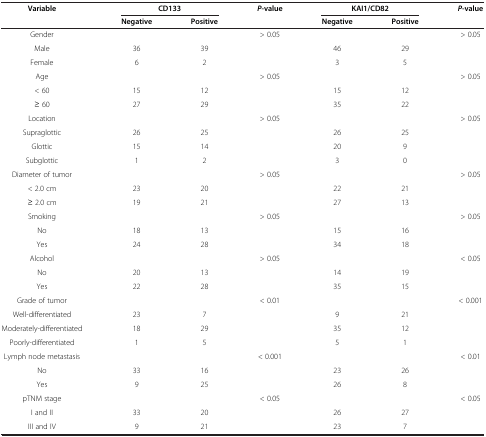
| <ROWSPAN=2> Variable | <COLSPAN=2> CD133 | <ROWSPAN=2> P-value | <COLSPAN=2> KAI1/CD82 | <ROWSPAN=2> P-value |
 | Negative | Positive | Negative | Positive |
 | --- | --- | --- | --- | --- | --- | --- |
 | Gender |  |  | > 0.05 |  |  | > 0.05 |
 | Male | 36 | 39 |  | 46 | 29 |  |
 | Female | 6 | 2 |  | 3 | 5 |  |
 | Age |  |  | > 0.05 |  |  | > 0.05 |
 | < 60 | 15 | 12 |  | 15 | 12 |  |
 | ≥ 60 | 27 | 29 |  | 35 | 22 |  |
 | Location |  |  | > 0.05 |  |  | > 0.05 |
 | Supraglottic | 26 | 25 |  | 26 | 25 |  |
 | Glottic | 15 | 14 |  | 20 | 9 |  |
 | Subglottic | 1 | 2 |  | 3 | 0 |  |
 | Diameter of tumor |  |  | > 0.05 |  |  | > 0.05 |
 | < 2.0 cm | 23 | 20 |  | 22 | 21 |  |
 | ≥ 2.0 cm | 19 | 21 |  | 27 | 13 |  |
 | Smoking |  |  | > 0.05 |  |  | > 0.05 |
 | No | 18 | 13 |  | 15 | 16 |  |
 | Yes | 24 | 28 |  | 34 | 18 |  |
 | Alcohol |  |  | > 0.05 |  |  | < 0.05 |
 | No | 20 | 13 |  | 14 | 19 |  |
 | Yes | 22 | 28 |  | 35 | 15 |  |
 | Grade of tumor |  |  | < 0.01 |  |  | < 0.001 |
 | Well-differentiated | 23 | 7 |  | 9 | 21 |  |
 | Moderately-differentiated | 18 | 29 |  | 35 | 12 |  |
 | Poorly-differentiated | 1 | 5 |  | 5 | 1 |  |
 | Lymph node metastasis |  |  | < 0.001 |  |  | < 0.01 |
 | No | 33 | 16 |  | 23 | 26 |  |
 | Yes | 9 | 25 |  | 26 | 8 |  |
 | pTNM stage |  |  | < 0.05 |  |  | < 0.05 |
 | I and II | 33 | 20 |  | 26 | 27 |  |
 | III and IV | 9 | 21 |  | 23 | 7 |  |